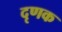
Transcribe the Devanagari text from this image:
दृणक